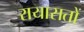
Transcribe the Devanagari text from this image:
रायासतों